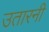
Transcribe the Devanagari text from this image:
उतारनी